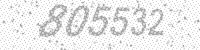
Solution: 805532